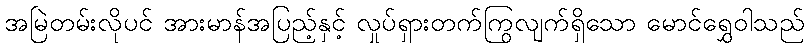
အမြဲတမ်းလိုပင် အားမာန်အပြည့်နှင့် လှုပ်ရှားတက်ကြွလျက်ရှိသော မောင်ရွှေဝါသည်